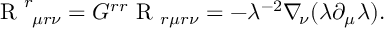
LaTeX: \mathrm { \boldmath { ~ R ~ } } _ { \ \mu r \nu } ^ { r } = G ^ { r r } \mathrm { \boldmath { ~ R ~ } } _ { r \mu r \nu } = - \lambda ^ { - 2 } \nabla _ { \! \nu } ( \lambda \partial _ { \mu } \lambda ) .